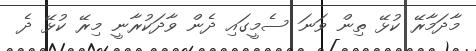
މާދަމާރޭ ކުޅޭ ތިން ވަނަ ސެމީގައި ދެން ވާދަކުރާނީ މިރޭ ކުޅޭ ދެ